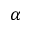
\alpha